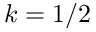
k = 1 / 2